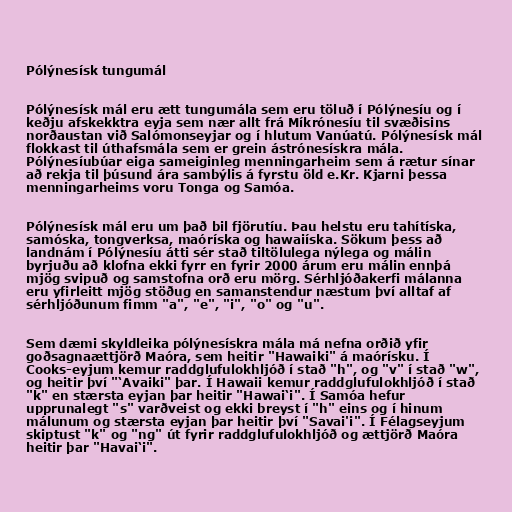
Pólýnesísk tungumál

Pólýnesísk mál eru ætt tungumála sem eru töluð í Pólýnesíu og í
keðju afskekktra eyja sem nær allt frá Míkrónesíu til svæðisins
norðaustan við Salómonseyjar og í hlutum Vanúatú. Pólýnesísk mál
flokkast til úthafsmála sem er grein ástrónesískra mála.
Pólýnesíubúar eiga sameiginleg menningarheim sem á rætur sínar
að rekja til þúsund ára sambýlis á fyrstu öld e.Kr. Kjarni þessa
menningarheims voru Tonga og Samóa.

Pólýnesísk mál eru um það bil fjörutíu. Þau helstu eru tahítíska,
samóska, tongverksa, maóríska og hawaiíska. Sökum þess að
landnám í Pólýnesíu átti sér stað tiltölulega nýlega og málin
byrjuðu að klofna ekki fyrr en fyrir 2000 árum eru málin ennþá
mjög svipuð og samstofna orð eru mörg. Sérhljóðakerfi málanna
eru yfirleitt mjög stöðug en samanstendur næstum því alltaf af
sérhljóðunum fimm "a", "e", "i", "o" og "u".

Sem dæmi skyldleika pólýnesískra mála má nefna orðið yfir
goðsagnaættjörð Maóra, sem heitir "Hawaiki" á maórísku. Í
Cooks-eyjum kemur raddglufulokhljóð í stað "h", og "v" í stað "w",
og heitir því "‘Avaiki" þar. Í Hawaii kemur raddglufulokhljóð í stað
"k" en stærsta eyjan þar heitir "Hawai‘i". Í Samóa hefur
upprunalegt "s" varðveist og ekki breyst í "h" eins og í hinum
málunum og stærsta eyjan þar heitir því "Savai'i". Í Félagseyjum
skiptust "k" og "ng" út fyrir raddglufulokhljóð og ættjörð Maóra
heitir þar "Havai‘i".